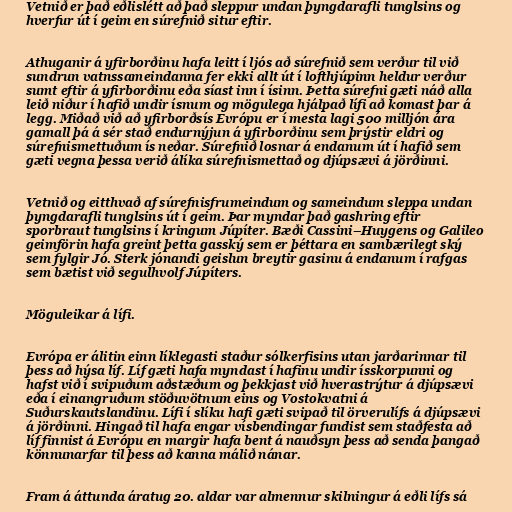
Vetnið er það eðlislétt að það sleppur undan þyngdarafli tunglsins og
hverfur út í geim en súrefnið situr eftir.

Athuganir á yfirborðinu hafa leitt í ljós að súrefnið sem verður til við
sundrun vatnssameindanna fer ekki allt út í lofthjúpinn heldur verður
sumt eftir á yfirborðinu eða síast inn í ísinn. Þetta súrefni gæti náð alla
leið niður í hafið undir ísnum og mögulega hjálpað lífi að komast þar á
legg. Miðað við að yfirborðsís Evrópu er í mesta lagi 500 milljón ára
gamall þá á sér stað endurnýjun á yfirborðinu sem þrýstir eldri og
súrefnismettuðum ís neðar. Súrefnið losnar á endanum út í hafið sem
gæti vegna þessa verið álíka súrefnismettað og djúpsævi á jörðinni.

Vetnið og eitthvað af súrefnisfrumeindum og sameindum sleppa undan
þyngdarafli tunglsins út í geim. Þar myndar það gashring eftir
sporbraut tunglsins í kringum Júpíter. Bæði Cassini–Huygens og Galileo
geimförin hafa greint þetta gasský sem er þéttara en sambærilegt ský
sem fylgir Jó. Sterk jónandi geislun breytir gasinu á endanum í rafgas
sem bætist við segulhvolf Júpíters.

Möguleikar á lífi.

Evrópa er álitin einn líklegasti staður sólkerfisins utan jarðarinnar til
þess að hýsa líf. Líf gæti hafa myndast í hafinu undir ísskorpunni og
hafst við í svipuðum aðstæðum og þekkjast við hverastrýtur á djúpsævi
eða í einangruðum stöðuvötnum eins og Vostokvatni á
Suðurskautslandinu. Lífi í slíku hafi gæti svipað til örverulífs á djúpsævi
á jörðinni. Hingað til hafa engar vísbendingar fundist sem staðfesta að
líf finnist á Evrópu en margir hafa bent á nauðsyn þess að senda þangað
könnunarfar til þess að kanna málið nánar.

Fram á áttunda áratug 20. aldar var almennur skilningur á eðli lífs sá